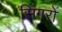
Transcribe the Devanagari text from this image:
सिंगरों